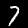
Digit: 7